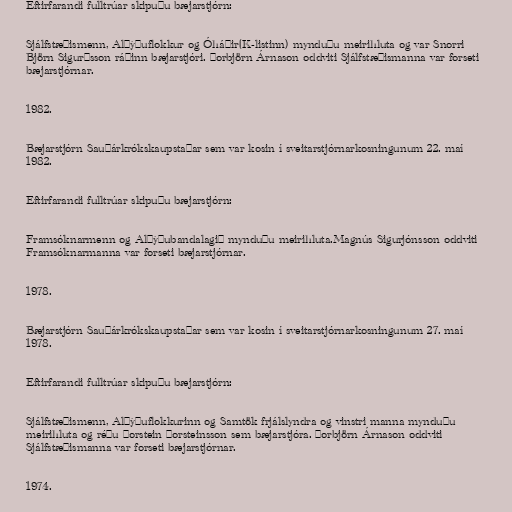
Eftirfarandi fulltrúar skipuðu bæjarstjórn:

Sjálfstæðismenn, Alþýðuflokkur og Óháðir(K-listinn) mynduðu meirihluta og var Snorri
Björn Sigurðsson ráðinn bæjarstjóri. Þorbjörn Árnason oddviti Sjálfstæðismanna var forseti
bæjarstjórnar.

1982.

Bæjarstjórn Sauðárkrókskaupstaðar sem var kosin í sveitarstjórnarkosningunum 22. maí
1982.

Eftirfarandi fulltrúar skipuðu bæjarstjórn:

Framsóknarmenn og Alþýðubandalagið mynduðu meirihluta.Magnús Sigurjónsson oddviti
Framsóknarmanna var forseti bæjarstjórnar.

1978.

Bæjarstjórn Sauðárkrókskaupstaðar sem var kosin í sveitarstjórnarkosningunum 27. maí
1978.

Eftirfarandi fulltrúar skipuðu bæjarstjórn:

Sjálfstæðismenn, Alþýðuflokkurinn og Samtök frjálslyndra og vinstri manna mynduðu
meirihluta og réðu Þorstein Þorsteinsson sem bæjarstjóra. Þorbjörn Árnason oddviti
Sjálfstæðismanna var forseti bæjarstjórnar.

1974.